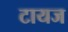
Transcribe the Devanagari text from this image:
टायज